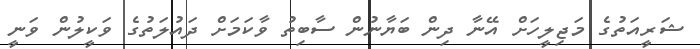
ޝަރީއަތުގެ މަޖިލީހަށް އޭނާ ދިން ބަޔާނުން ސާބިތު ވާކަމަށް ދައުލަތުގެ ވަކީލުން ވަނީ